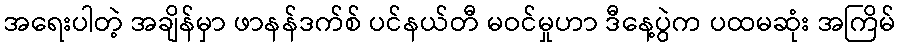
အရေးပါတဲ့ အချိန်မှာ ဖာနန်ဒက်စ် ပင်နယ်တီ မဝင်မှုဟာ ဒီနေ့ပွဲက ပထမဆုံး အကြိမ်